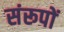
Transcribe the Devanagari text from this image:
संरूपों